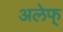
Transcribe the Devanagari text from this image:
अलेफ्